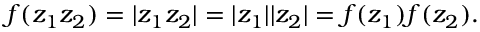
f ( z _ { 1 } z _ { 2 } ) = | z _ { 1 } z _ { 2 } | = | z _ { 1 } | | z _ { 2 } | = f ( z _ { 1 } ) f ( z _ { 2 } ) .